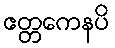
ဧတ္တကေနပိ